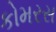
કોમરસ